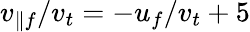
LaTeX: v_{\parallel f}/v_{t}=-u_{f}/v_{t}+5